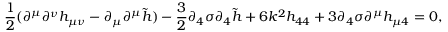
\frac { 1 } { 2 } ( \partial ^ { \mu } \partial ^ { \nu } h _ { \mu \nu } - \partial _ { \mu } \partial ^ { \mu } \tilde { h } ) - \frac { 3 } { 2 } \partial _ { 4 } \sigma \partial _ { 4 } \tilde { h } + 6 k ^ { 2 } h _ { 4 4 } + 3 \partial _ { 4 } \sigma \partial ^ { \mu } h _ { \mu 4 } = 0 ,